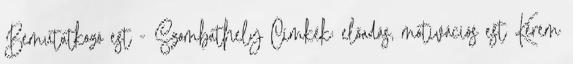
Bemutatkozó est - Szombathely Címkék: előadás, motivációs est Kérem